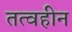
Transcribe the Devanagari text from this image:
तत्वहीन